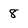
Character: 8